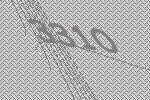
3310